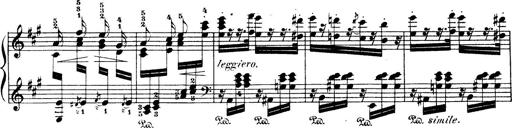
Title: Wagner-Liszt Album
Composer: Franz Liszt